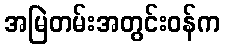
အမြဲတမ်းအတွင်းဝန်က